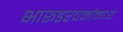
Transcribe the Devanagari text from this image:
भारूडरचनांमध्ये